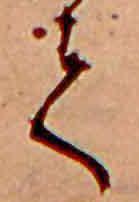
て